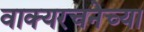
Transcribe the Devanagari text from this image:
वाक्यरचनेच्या